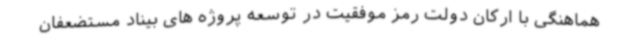
هماهنگی با ارکان دولت رمز موفقیت در توسعه پروژه های بیناد مستضعفان